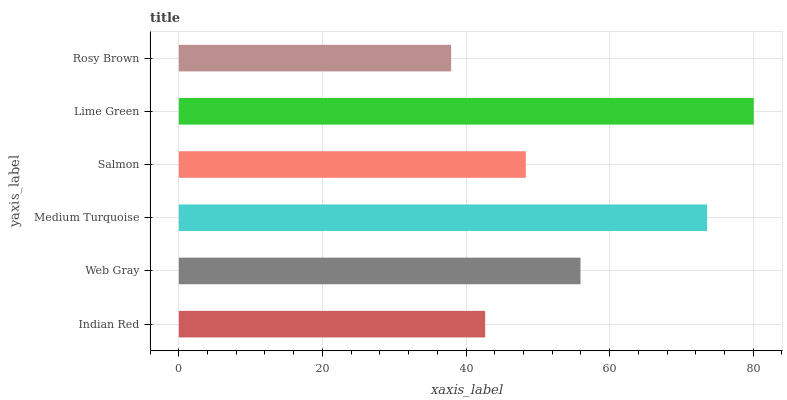
| yaxis_label | bars |
 | --- | --- |
 | Indian Red | 42.7 |
 | Web Gray | 55.9 |
 | Medium Turquoise | 73.6 |
 | Salmon | 48.3 |
 | Lime Green | 80.1 |
 | Rosy Brown | 37.9 |